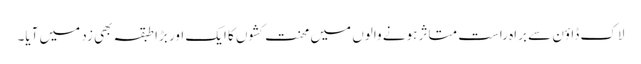
لاک ڈاؤن سے براہ راست متاثر ہونے والوں میں محنت کشوں کا ایک اور بڑا طبقہ بھی زد میں آیا۔